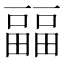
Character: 㽬